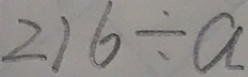
2 1 6 \div a